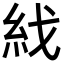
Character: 𥾮